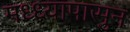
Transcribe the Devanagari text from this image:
मध्ध्यापासुन